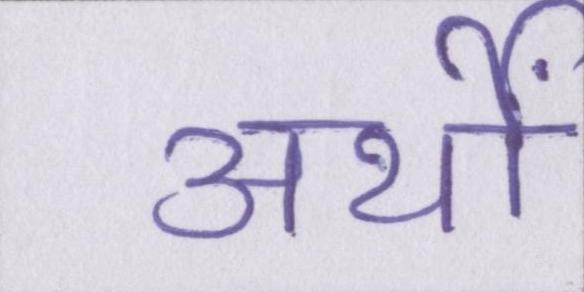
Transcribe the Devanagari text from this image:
अर्थों